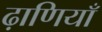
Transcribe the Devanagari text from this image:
ढ़ाणियाँ